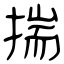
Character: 揣